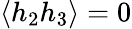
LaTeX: \langle h_{2}h_{3}\rangle=0